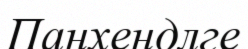
Панхендлге